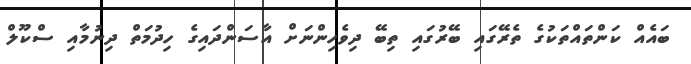
ބައެއް ކަންތައްތަކުގެ ތެރޭގައި ބޭރުގައި ތިބޭ ދިވެހިންނަށް އާސަންދައިގެ ހިދުމަތް ދިނުމާއި ސްކޫލް